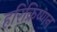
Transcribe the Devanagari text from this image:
हरिक्रिष्णन